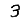
Digit: 3